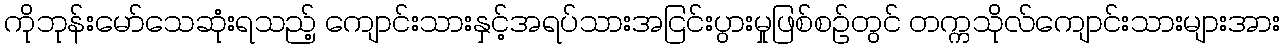
ကိုဘုန်းမော်သေဆုံးရသည့် ကျောင်းသားနှင့်အရပ်သားအငြင်းပွားမှုဖြစ်စဉ်တွင် တက္ကသိုလ်ကျောင်းသားများအား